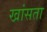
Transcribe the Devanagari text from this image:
खांसता